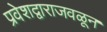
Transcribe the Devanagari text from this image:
प्रवेशद्वाराजवळून